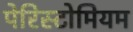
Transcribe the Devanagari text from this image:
पेरिस्टोमियम